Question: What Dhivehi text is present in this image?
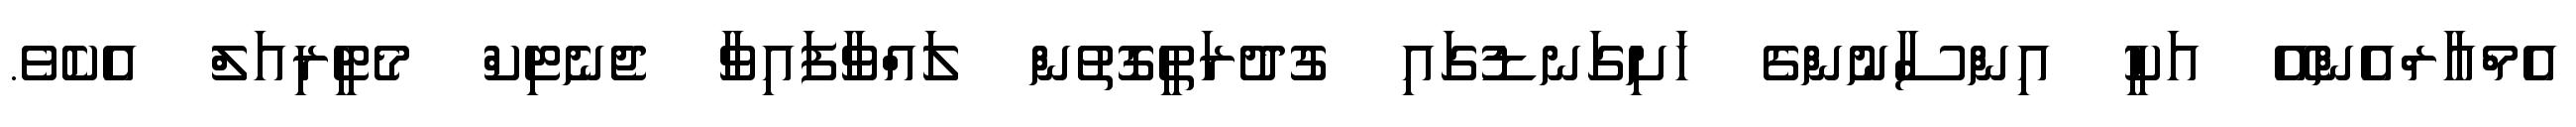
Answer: އެމްއާރްއެންއޭ އަކީ އިންސާނުންގެ ހަށިގަނޑުގައި ގުދުރަތީގޮތުން ލައްވާފައިވާ ޖެނެޓިކް މެޓީރިއަލް އެކެވެ.